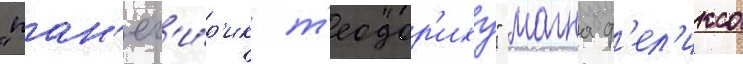
"пан'ег'и́р'ик т'еодор'иху" магна ф'ел'икса